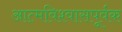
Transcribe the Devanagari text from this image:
आत्मविश्वासपूर्वक